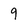
Character: 9